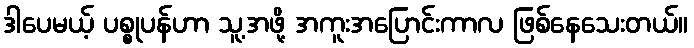
ဒါပေမယ့် ပစ္စုပန်ဟာ သူ့အဖို့ အကူးအပြောင်းကာလ ဖြစ်နေသေးတယ်။